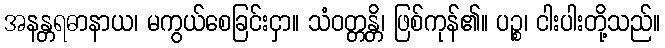
အနန္တရဓာနာယ၊ မကွယ်စေခြင်းငှာ။ သံဝတ္တန္တိ၊ ဖြစ်ကုန်၏။ ပဉ္စ၊ ငါးပါးတို့သည်။